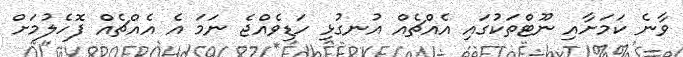
ވާނެ ކަމަށާއި ނޫޓްތަކުގައި އެއްޗެއް އުނގުޅި ހަޑިވެއްޖެ ނަމަ އެ އެއްޗެއް ފޮހެލުމަށް